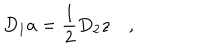
LaTeX: D _ { 1 } a = \frac 1 2 D _ { 2 } z \quad ,